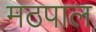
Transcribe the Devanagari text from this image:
मठपाल